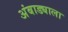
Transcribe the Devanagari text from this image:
अंबाड्याला